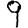
Digit: 9